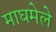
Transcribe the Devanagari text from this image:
माघमेले